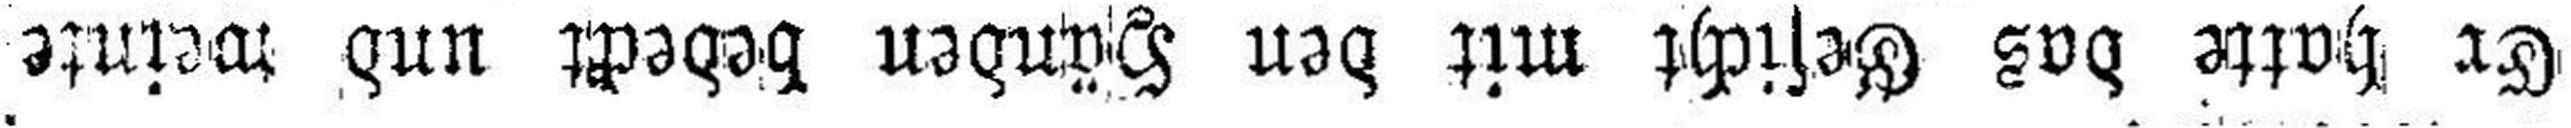
Er hatte das Gesicht mit den Händen bedeckt und weinte